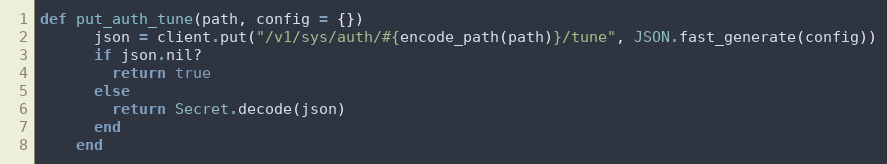
Language: Ruby
def put_auth_tune(path, config = {})
      json = client.put("/v1/sys/auth/#{encode_path(path)}/tune", JSON.fast_generate(config))
      if json.nil?
        return true
      else
        return Secret.decode(json)
      end
    end